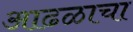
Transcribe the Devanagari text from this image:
आढळाचा